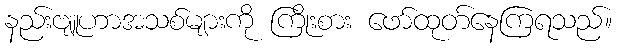
နည်းဗျူဟာအသစ်များကို ကြိုးစား ဖော်ထုတ်နေကြရသည်။